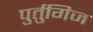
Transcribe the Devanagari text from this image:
पुर्तुगिज